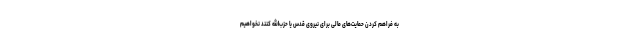
به فراهم کردن حمایت‌های مالی برای نیروی قدس یا حزب‌الله کنند نخواهیم